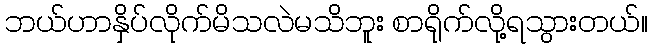
ဘယ်ဟာနှိပ်လိုက်မိသလဲမသိဘူး စာရိုက်လို့ရသွားတယ်။